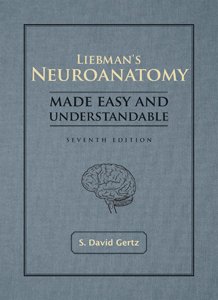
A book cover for Liebmans Neuroanatomy Made Easy &_Understandable_ 7TH EDITION; Medical Books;